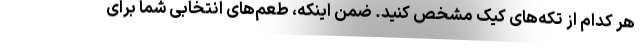
هر کدام از تکه‌های کیک مشخص کنید. ضمن اینکه، طعم‌های انتخابی شما برای